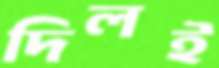
দিলই